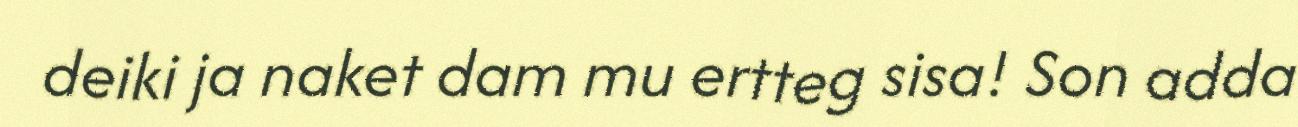
deiki ja naket dam mu ertteg sisa! Son adda